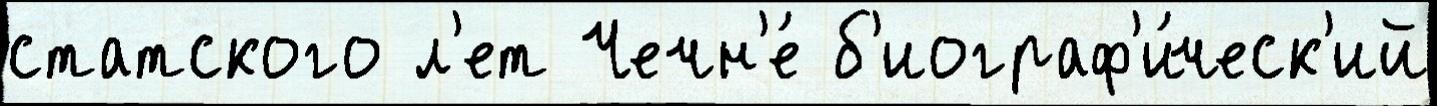
статского л'ет Чечн'е́ б'иограф'и́ческ'ий